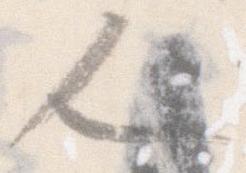
人